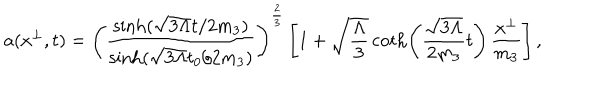
a ( x ^ { \perp } , t ) = \left( \frac { \sinh ( \sqrt { 3 \Lambda } t / 2 m _ { 3 } ) } { \sinh ( \sqrt { 3 \Lambda } t _ { 0 } / 2 m _ { 3 } ) } \right) ^ { \frac { 2 } { 3 } } \left[ 1 + \sqrt { \frac { \Lambda } { 3 } } \coth \! \left( \frac { \sqrt { 3 \Lambda } } { 2 m _ { 3 } } t \right) \frac { x ^ { \perp } } { m _ { 3 } } \right] ,